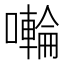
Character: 𭋳